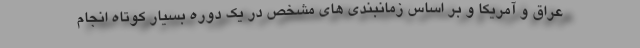
عراق و آمریکا و بر اساس زمانبندی های مشخص در یک دوره بسیار کوتاه انجام